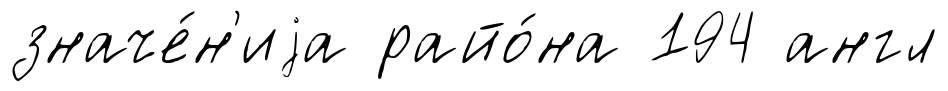
значе́н'иjа райо́на 194 англ